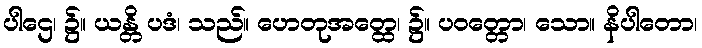
ပါဌေ၊ ၌။ ယန္တိ ပဒံ၊ သည်။ ဟေတုအတ္ထေ၊ ၌။ ပဝတ္တော၊ သော။ နိပါတော၊